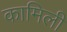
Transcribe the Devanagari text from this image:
कामिली